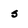
Character: s